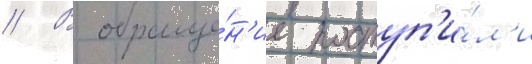
// В обраще́н'ие поступ'и́л'и